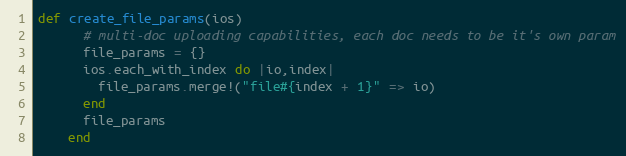
Language: Ruby
def create_file_params(ios)
      # multi-doc uploading capabilities, each doc needs to be it's own param
      file_params = {}
      ios.each_with_index do |io,index|
        file_params.merge!("file#{index + 1}" => io)
      end
      file_params
    end